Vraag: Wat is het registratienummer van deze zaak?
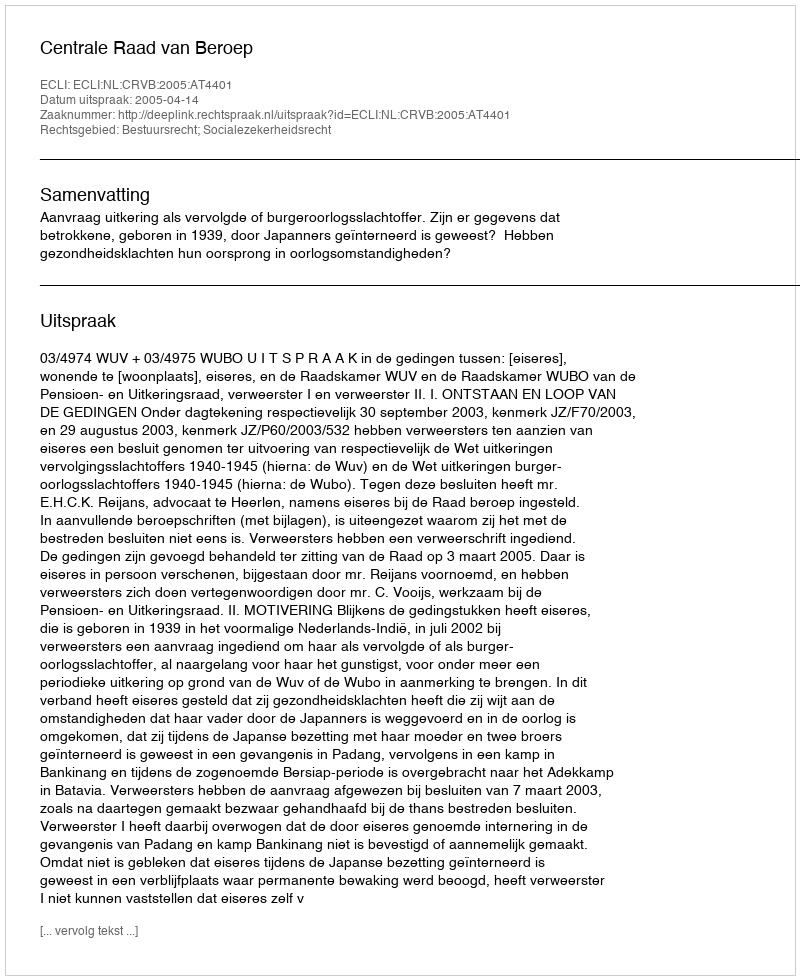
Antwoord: http://deeplink.rechtspraak.nl/uitspraak?id=ECLI:NL:CRVB:2005:AT4401